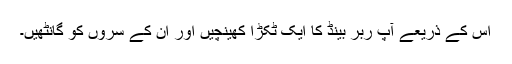
اس کے ذریعے آپ ربر بینڈ کا ایک ٹکڑا کھینچیں اور ان کے سروں کو گانٹھیں۔